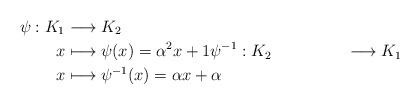
LaTeX: \begin{align*}\psi: K_1 &\longrightarrow K_2 \\x &\longmapsto \psi(x) = \alpha^2 x+1 \psi^{-1}: K_2 &\longrightarrow K_1 \\x &\longmapsto \psi^{-1}(x) = \alpha x + \alpha\end{align*}